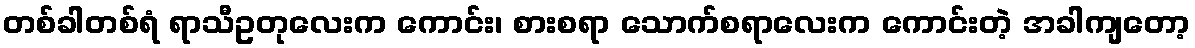
တစ်ခါတစ်ရံ ရာသီဥတုလေးက ကောင်း၊ စားစရာ သောက်စရာလေးက ကောင်းတဲ့ အခါကျတော့